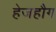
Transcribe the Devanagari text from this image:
हेजहौग